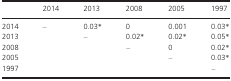
|  | 2014 | 2013 | 2008 | 2005 | 1997 |
 | --- | --- | --- | --- | --- | --- |
 | 2014 | – | 0.03* | 0 | 0.001 | 0.03* |
 | 2013 |  | – | 0.02* | 0.02* | 0.05* |
 | 2008 |  |  | – | 0 | 0.02* |
 | 2005 |  |  |  | – | 0.03* |
 | 1997 |  |  |  |  | – |